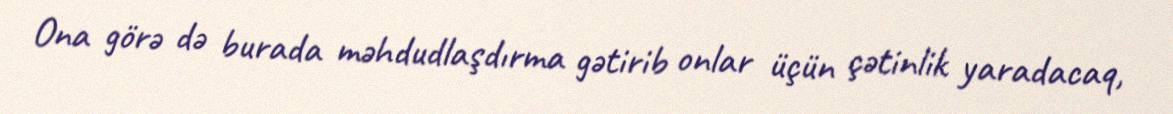
Ona görə də burada məhdudlaşdırma gətirib onlar üçün çətinlik yaradacaq,